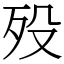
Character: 殁